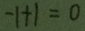
- 1 + 1 = 0